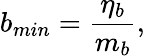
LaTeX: b_{min}=\frac{\eta_{b}}{m_{b}},